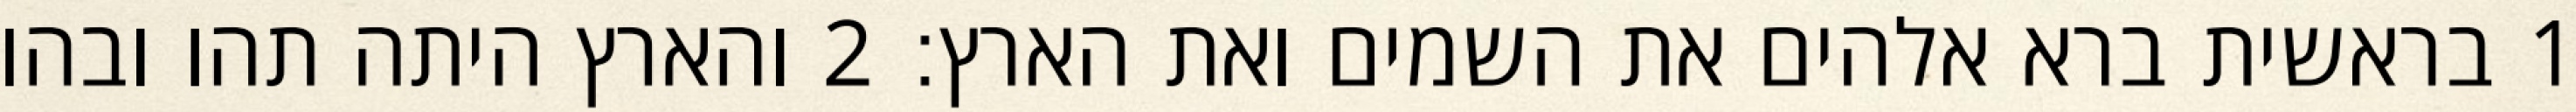
1 בראשית ברא אלהים את השמים ואת הארץ׃ ‎2‏ והארץ היתה תהו ובהו